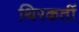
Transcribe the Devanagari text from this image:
थिरकतीं